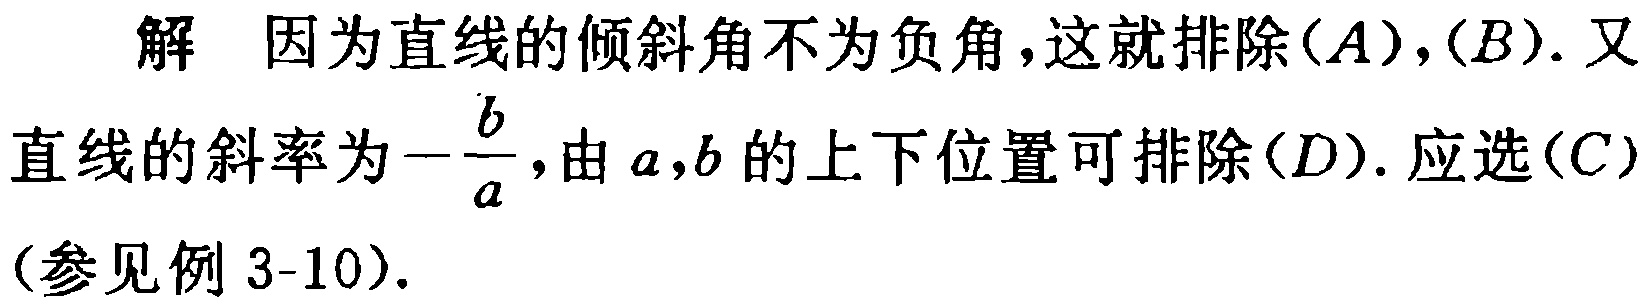
解 因为直线的倾斜角不为负角，这就排除$(A),(B)$. 又
直线的斜率为$-\frac{b}{a}$，由$a,b$的上下位置可排除$(D)$. 应选$(C)$
(参见例 3-10).